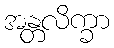
အန္တလိက္ခာ